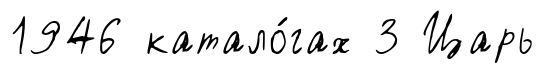
1946 катало́гах 3 Царь